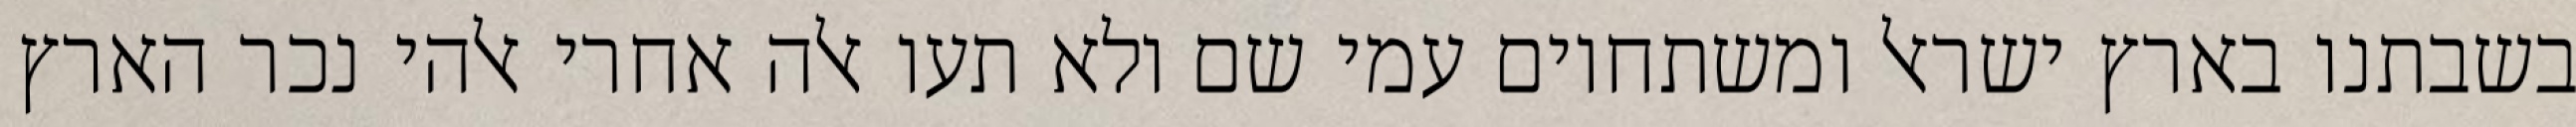
בשבתנו בארץ ישראל ומשתחוים עמי שם ולא תעו אלה אחרי אלהי נכר הארץ